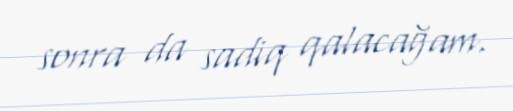
sonra da sadiq qalacağam.